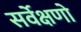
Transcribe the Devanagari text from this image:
सर्वेक्षणो